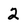
Character: 2